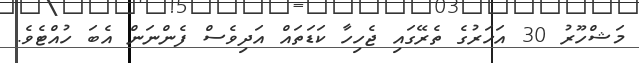
މަޝްހޫރު 30 އަހަރުގެ ތެރޭގައި ޖެހިހާ ކަޑަތައް އަދިވެސް ފެންނަން އެބަ ހުއްޓެވެ.